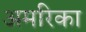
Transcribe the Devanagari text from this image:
अमरिका